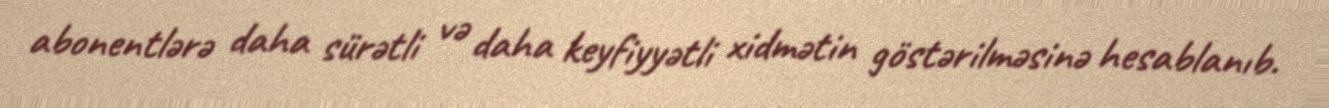
abonentlərə daha sürətli və daha keyfiyyətli xidmətin göstərilməsinə hesablanıb.